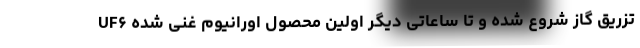
تزریق گاز شروع شده و تا ساعاتی دیگر اولین محصول اورانیوم غنی شده UF۶